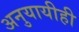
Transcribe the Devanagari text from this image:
अनुयायीही